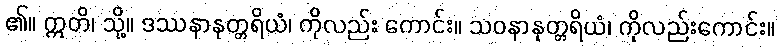
၏။ ဣတိ၊ သို့။ ဒဿနာနုတ္တရိယံ၊ ကိုလည်း ကောင်း။ သဝနာနုတ္တရိယံ၊ ကိုလည်းကောင်း။